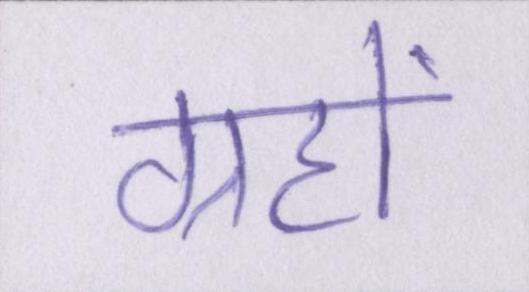
ग्रहों